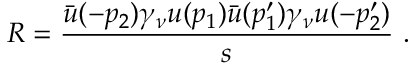
R = \frac { \bar { u } ( - p _ { 2 } ) \gamma _ { \nu } u ( p _ { 1 } ) \bar { u } ( p _ { 1 } ^ { \prime } ) \gamma _ { \nu } u ( - p _ { 2 } ^ { \prime } ) } { s } ~ .